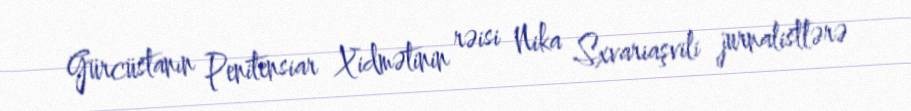
Gürcüstanın Penitensiar Xidmətinin rəisi Nika Sxvariaşvili jurnalistlərə